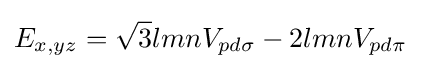
E_{x,yz}={\sqrt {3}}lmnV_{pd\sigma }-2lmnV_{pd\pi }